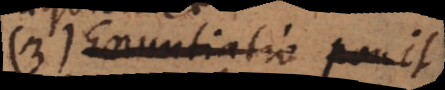
(b) Enuntiatio erg.